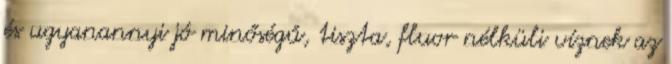
és ugyanannyi jó minőségű, tiszta, fluor nélküli víznek az